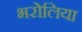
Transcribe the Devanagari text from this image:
भरोलिया